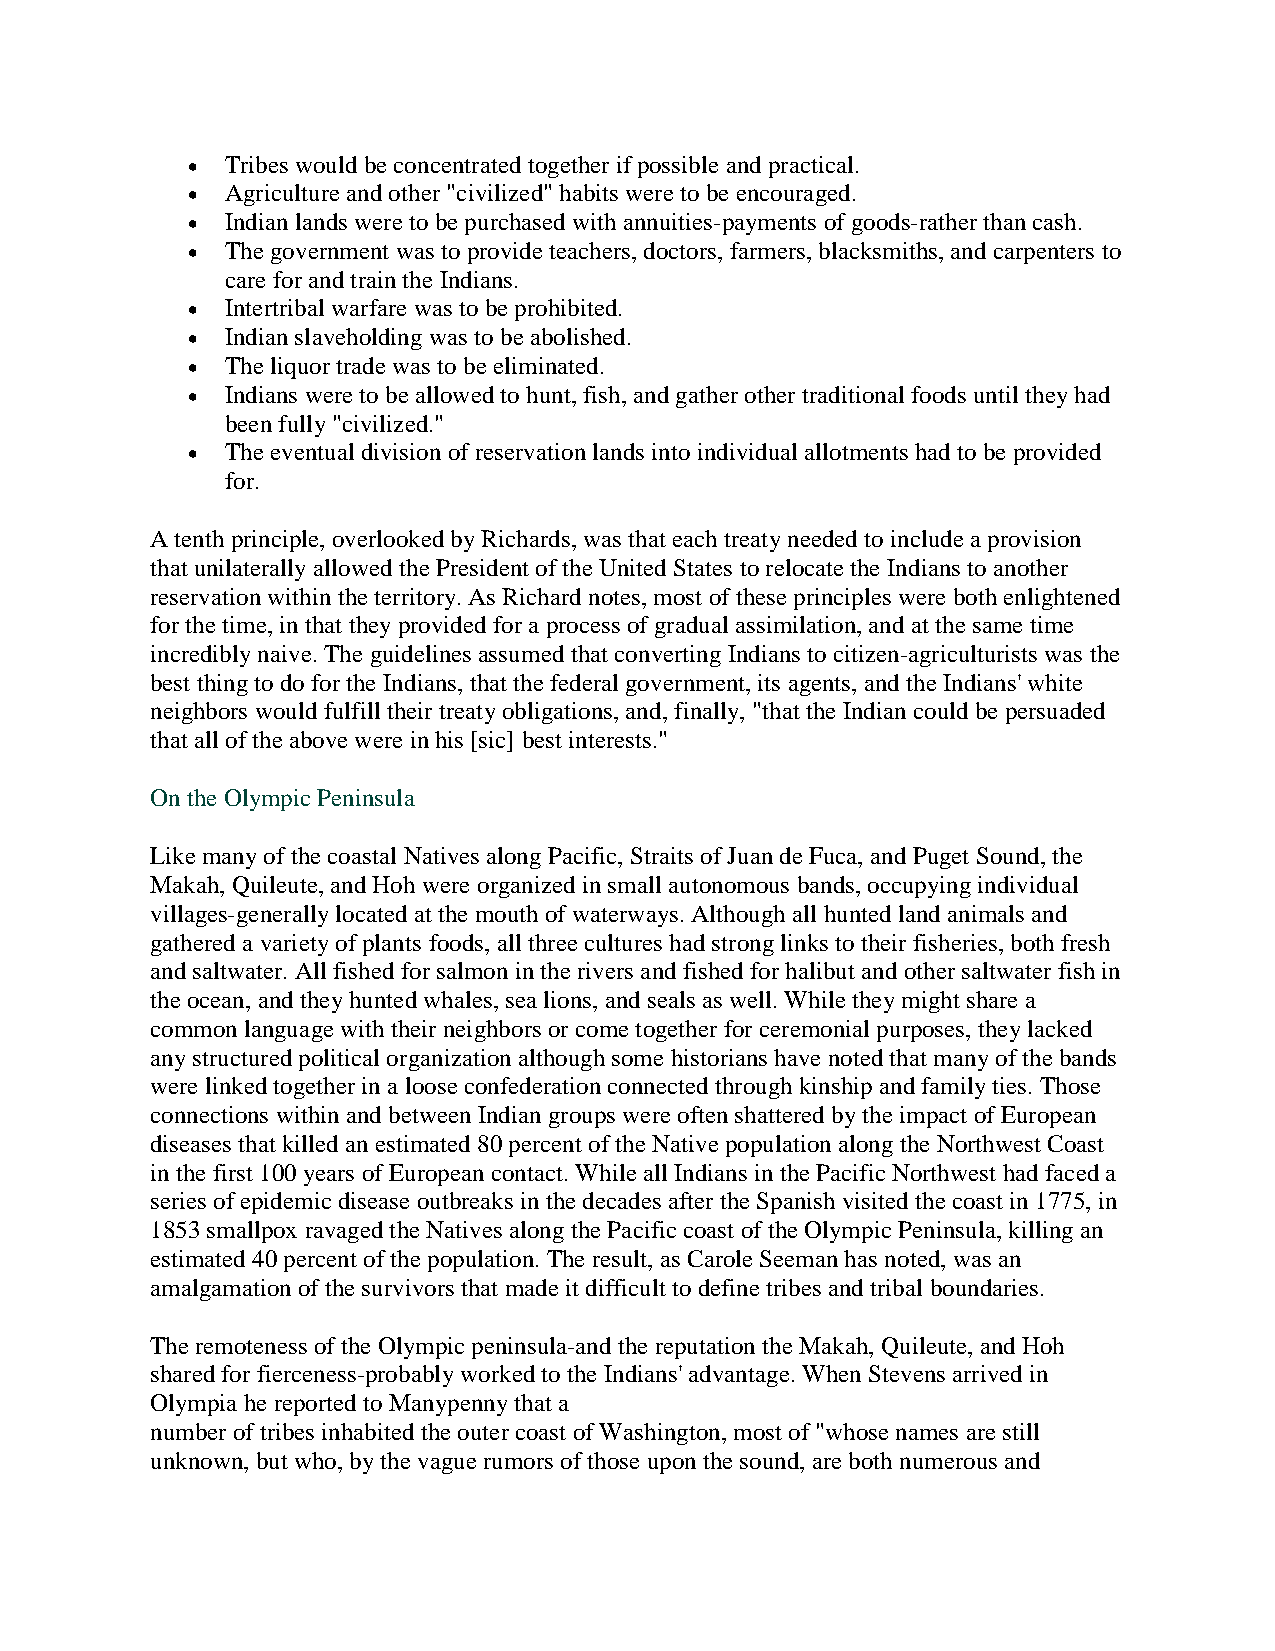
•  Tribes would be concentrated together if possible and practical.
 •  Agriculture and other "civilized" habits were to be encouraged.
 •  Indian lands were to be purchased with annuities-payments of goods-rather than cash.
 •  The government was to provide teachers, doctors, farmers, blacksmiths, and carpenters to
 care for and train the Indians.
 •  Intertribal warfare was to be prohibited.
 •  Indian slaveholding was to be abolished.
 •  The liquor trade was to be eliminated.
 •  Indians were to be allowed to hunt, fish, and gather other traditional foods until they had
 been fully "civilized."
 •  The eventual division of reservation lands into individual allotments had to be provided
 for.
 A tenth principle, overlooked by Richards, was that each treaty needed to include a provision
 that unilaterally allowed the President of the United States to relocate the Indians to another
 reservation within the territory. As Richard notes, most of these principles were both enlightened
 for the time, in that they provided for a process of gradual assimilation, and at the same time
 incredibly naive. The guidelines assumed that converting Indians to citizen-agriculturists was the
 best thing to do for the Indians, that the federal government, its agents, and the Indians' white
 neighbors would fulfill their treaty obligations, and, finally, "that the Indian could be persuaded
 that all of the above were in his [sic] best interests."
 On the Olympic Peninsula
 Like many of the coastal Natives along Pacific, Straits of Juan de Fuca, and Puget Sound, the
 Makah, Quileute, and Hoh were organized in small autonomous bands, occupying individual
 villages-generally located at the mouth of waterways. Although all hunted land animals and
 gathered a variety of plants foods, all three cultures had strong links to their fisheries, both fresh
 and saltwater. All fished for salmon in the rivers and fished for halibut and other saltwater fish in
 the ocean, and they hunted whales, sea lions, and seals as well. While they might share a
 common language with their neighbors or come together for ceremonial purposes, they lacked
 any structured political organization although some historians have noted that many of the bands
 were linked together in a loose confederation connected through kinship and family ties. Those
 connections within and between Indian groups were often shattered by the impact of European
 diseases that killed an estimated 80 percent of the Native population along the Northwest Coast
 in the first 100 years of European contact. While all Indians in the Pacific Northwest had faced a
 series of epidemic disease outbreaks in the decades after the Spanish visited the coast in 1775, in
 1853 smallpox ravaged the Natives along the Pacific coast of the Olympic Peninsula, killing an
 estimated 40 percent of the population. The result, as Carole Seeman has noted, was an
 amalgamation of the survivors that made it difficult to define tribes and tribal boundaries.
 The remoteness of the Olympic peninsula-and the reputation the Makah, Quileute, and Hoh
 shared for fierceness-probably worked to the Indians' advantage. When Stevens arrived in
 Olympia he reported to Manypenny that a
 number of tribes inhabited the outer coast of Washington, most of "whose names are still
 unknown, but who, by the vague rumors of those upon the sound, are both numerous and